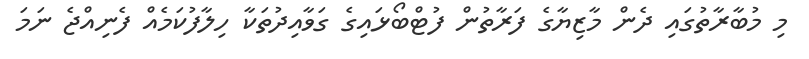
މި މުބާރާތުގައި ދެން މާޒިޔާގެ ފަރާތުން ފުޓްބޯޅައިގެ ގަވާއިދުތަކާ ހިލާފުކަމެއް ފެނިއްޖެ ނަމަ